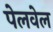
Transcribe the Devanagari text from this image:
पेलवेल